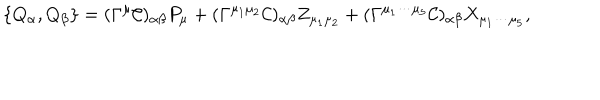
\{ Q _ { \alpha } , Q _ { \beta } \} = ( \Gamma ^ { \mu } { \cal C } ) _ { \alpha \beta } P _ { \mu } + ( \Gamma ^ { \mu _ { 1 } \mu _ { 2 } } { \cal C } ) _ { \alpha \beta } Z _ { \mu _ { 1 } \mu _ { 2 } } + ( \Gamma ^ { \mu _ { 1 } \cdots \mu _ { 5 } } { \cal C } ) _ { \alpha \beta } X _ { \mu _ { 1 } \cdots \mu _ { 5 } } ,